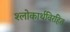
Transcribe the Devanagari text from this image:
श्लोकार्थविरहित